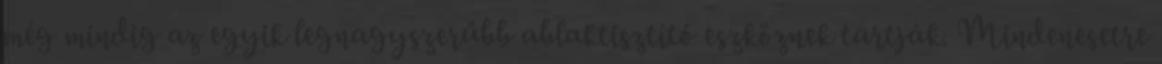
még mindig az egyik legnagyszerűbb ablaktisztító eszköznek tartják. Mindenesetre